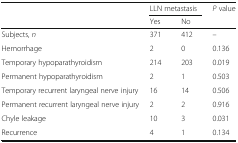
|  | <COLSPAN=2> LLN metastasis | <ROWSPAN=2> P value |
 |  | Yes | No |
 | --- | --- | --- | --- |
 | Subjects, n | 371 | 412 | – |
 | Hemorrhage | 2 | 0 | 0.136 |
 | Temporary hypoparathyroidism | 214 | 203 | 0.019 |
 | Permanent hypoparathyroidism | 2 | 1 | 0.503 |
 | Temporary recurrent laryngeal nerve injury | 16 | 14 | 0.506 |
 | Permanent recurrent laryngeal nerve injury | 2 | 2 | 0.916 |
 | Chyle leakage | 10 | 3 | 0.031 |
 | Recurrence | 4 | 1 | 0.134 |